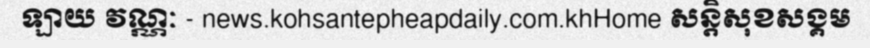
ឡាយ វណ្ណៈ - news.kohsantepheapdaily.com.khHome សន្តិសុខសង្គម